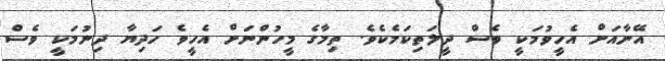
އޭނާއަށް އެހީވުމަކީ ވެސް ދީލަތިކަމެކެވެ. ތިމާގެ މީހުންނަށް އެހީވެ ހަދިޔާ ދިނުމަކީ ވެސް